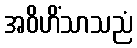
အဝိဟိံသာသညံ